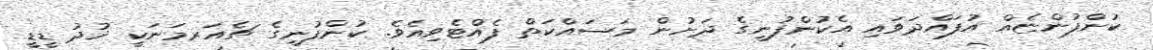
ކުންފުންޏެއް އުފައްދަވައި އެކުންފުނީގެ ދަށުން މަސައްކަތް ފެއްޓެވިއެވެ. ކުންފުނީގެ ޗެއަރމަނަކީ ޚުދު ޑީޑީ